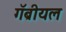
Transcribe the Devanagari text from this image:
गॅब्रीयल